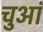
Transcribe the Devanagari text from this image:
चुआं